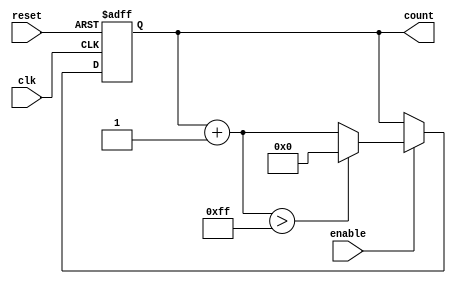
module IncrementalCounter #(
    parameter INITIAL_VALUE = 8'h00,  // Initial value of the counter
    parameter STEP_SIZE = 8'h01,       // Step size for incrementing
    parameter MAX_COUNT = 8'hFF         // Maximum count value
)(
    input wire clk,                     // Clock input
    input wire reset,                   // Asynchronous reset input
    input wire enable,                  // Enable input
    output reg [7:0] count              // Current count value
);

    // Initialize count to the initial value
    initial begin
        count = INITIAL_VALUE;
    end

    // Incremental counter logic
    always @(posedge clk or posedge reset) begin
        if (reset) begin
            count <= INITIAL_VALUE;    // Reset to initial value
        end else if (enable) begin
            if (count + STEP_SIZE > MAX_COUNT) begin
                count <= INITIAL_VALUE; // Wrap around to initial value on overflow
            end else begin
                count <= count + STEP_SIZE; // Increment by step size
            end
        end
        // If not enabled, the count retains its current value
    end

endmodule